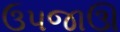
ઉપજાઊ